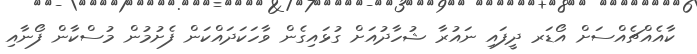
ކާއެއްޗެއްސަށް އޯޑަރ ދީފައި ނައުރާ ޝުހާދުއަށް ގުޅައިގެން ވާހަކަދައްކަން ފެށުމުން މުސްކާން ފޯނާއި